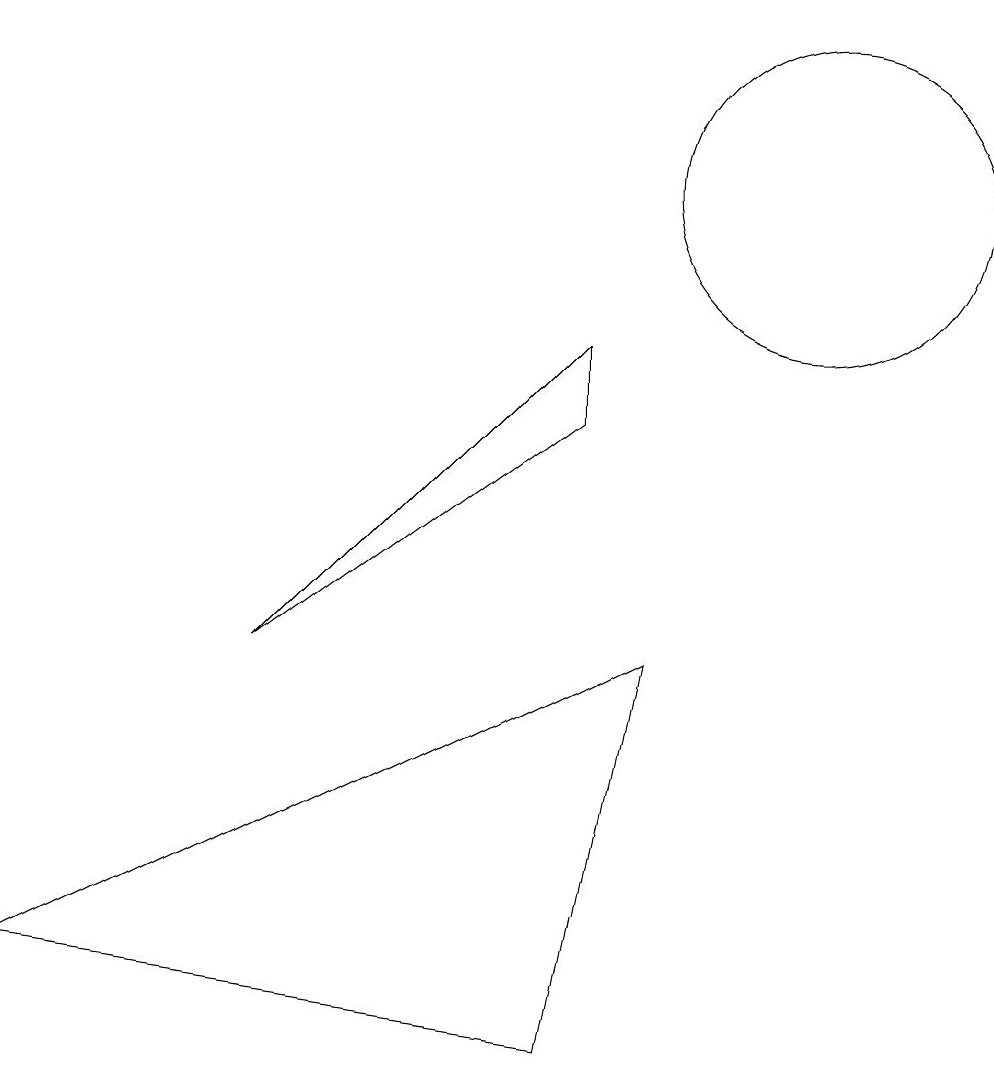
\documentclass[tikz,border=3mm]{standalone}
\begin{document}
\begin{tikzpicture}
\draw (3,5) -- (7,8) -- (7,9) -- cycle;
\draw (10,11) circle (2);
\draw (7,0) -- (8,5) -- (0,1) -- cycle;
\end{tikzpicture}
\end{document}